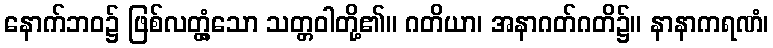
နောက်ဘဝ၌ ဖြစ်လတ္တံ့သော သတ္တဝါတို့၏။ ဂတိယာ၊ အနာဂတ်ဂတိ၌။ နာနာကရဏံ၊